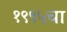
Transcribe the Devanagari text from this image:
१९९५चा